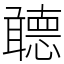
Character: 聼